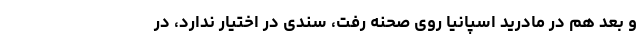
و بعد هم در مادرید اسپانیا روی صحنه رفت، سندی در اختیار ندارد، در